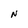
Character: N